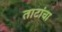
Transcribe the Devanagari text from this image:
ताटांचा